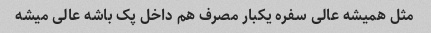
مثل همیشه عالی سفره یکبار مصرف هم داخل پک باشه عالی میشه